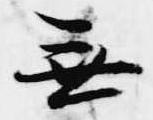
無